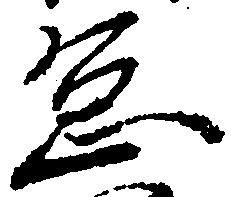
怠